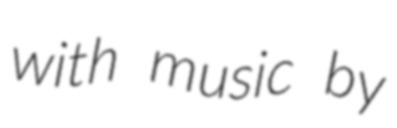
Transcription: with music by